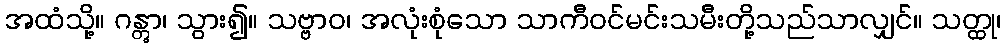
အထံသို့။ ဂန္တွာ၊ သွား၍။ သဗ္ဗာဝ၊ အလုံးစုံသော သာကီဝင်မင်းသမီးတို့သည်သာလျှင်။ သတ္ထု၊